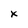
Character: x